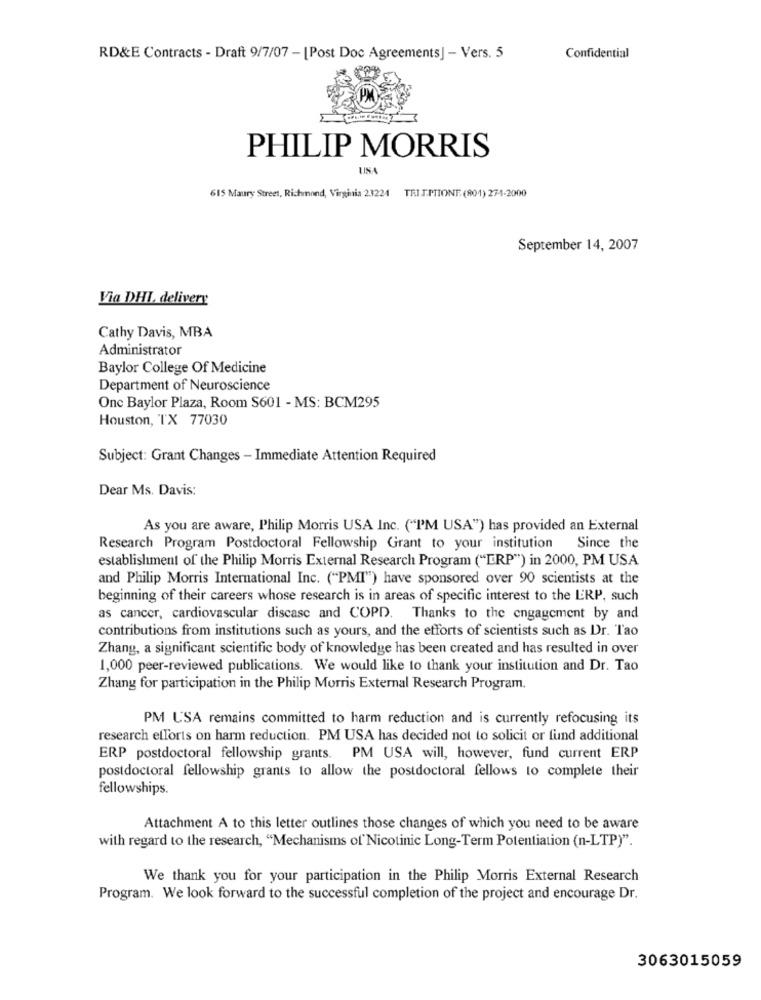
RD&E Contracts - Draft 9/7/07 - [Post Doc Agreements] - Vers. 5
Confidential
PHILIP MORRIS
UNA
615 Maury Street, Richmond, Virginia 23224 TRI I.PTIONT. (801) 274-2000
September 14, 2007
Via DHL, delivery
Cathy Davis, MBA
Administrator
Baylor College Of Medicine
Department of Neuroscience
Onc Baylor Plaza, Room S601 - MS: BCM295
Houston, TX 77030
Subject: Grant Changes - Immediate Attention Required
Dear Ms. Davis:
As you are aware, Philip Morris USA Inc. ("I'M USA") has provided an External
Research Program Postdoctoral Fellowship Grant to your institution Since the
establishment of the Philip Morris External Research Program ("ERP") in 2000, PM USA
and Philip Morris International Inc. ("PMI") have sponsored over 90 scientists at the
beginning of their careers whose research is in areas of specific interest to the ERP, such
as cancer, cardiovascular discase and COPD. Thanks to the engagement by and
contributions from institutions such as yours, and the efforts of scientists such as Dr. Tao
Zhang, a significant scientific body of knowledge has been created and has resulted in over
1,000 peer-reviewed publications. We would like to thank your institution and Dr. Tao
Zhang for participation in the Philip Morris External Research Program.
PM USA remains committed to harm reduction and is currently refocusing its
research efforts on harm reduction. PM USA has decided not to solicit or fund additional
ERP postdoctoral fellowship grants. PM USA will, however, fund current ERP
postdoctoral fellowship grants to allow the postdoctoral fellows to complete their
fellowships.
Attachment A to this letter outlines those changes of which you need to be aware
with regard to the research, "Mechanisms of Nicotinic Long-Term Potentiation (n-LTP)".
We thank you for your participation in the Philip Morris External Research
Program. We look forward to the successful completion of the project and encourage Dr.
3063015059